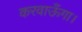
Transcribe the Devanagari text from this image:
करवाऊँगा।